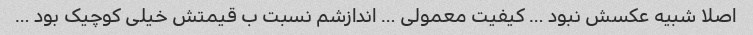
اصلا شبیه عکسش نبود … کیفیت معمولی … اندازشم نسبت ب قیمتش خیلی کوچیک بود …